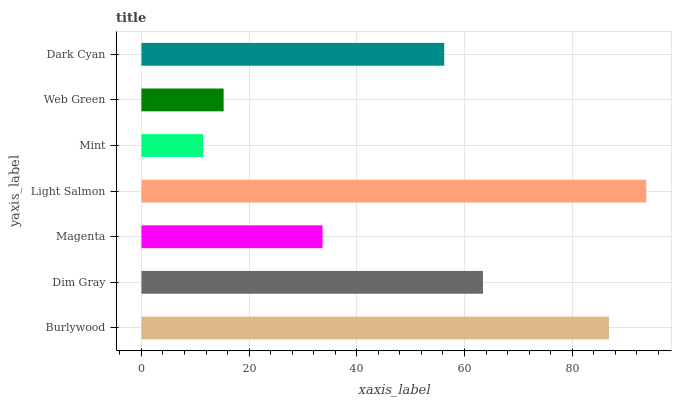
| yaxis_label | bars |
 | --- | --- |
 | Burlywood | 86.8 |
 | Dim Gray | 63.4 |
 | Magenta | 33.6 |
 | Light Salmon | 93.8 |
 | Mint | 11.5 |
 | Web Green | 15.3 |
 | Dark Cyan | 56.2 |